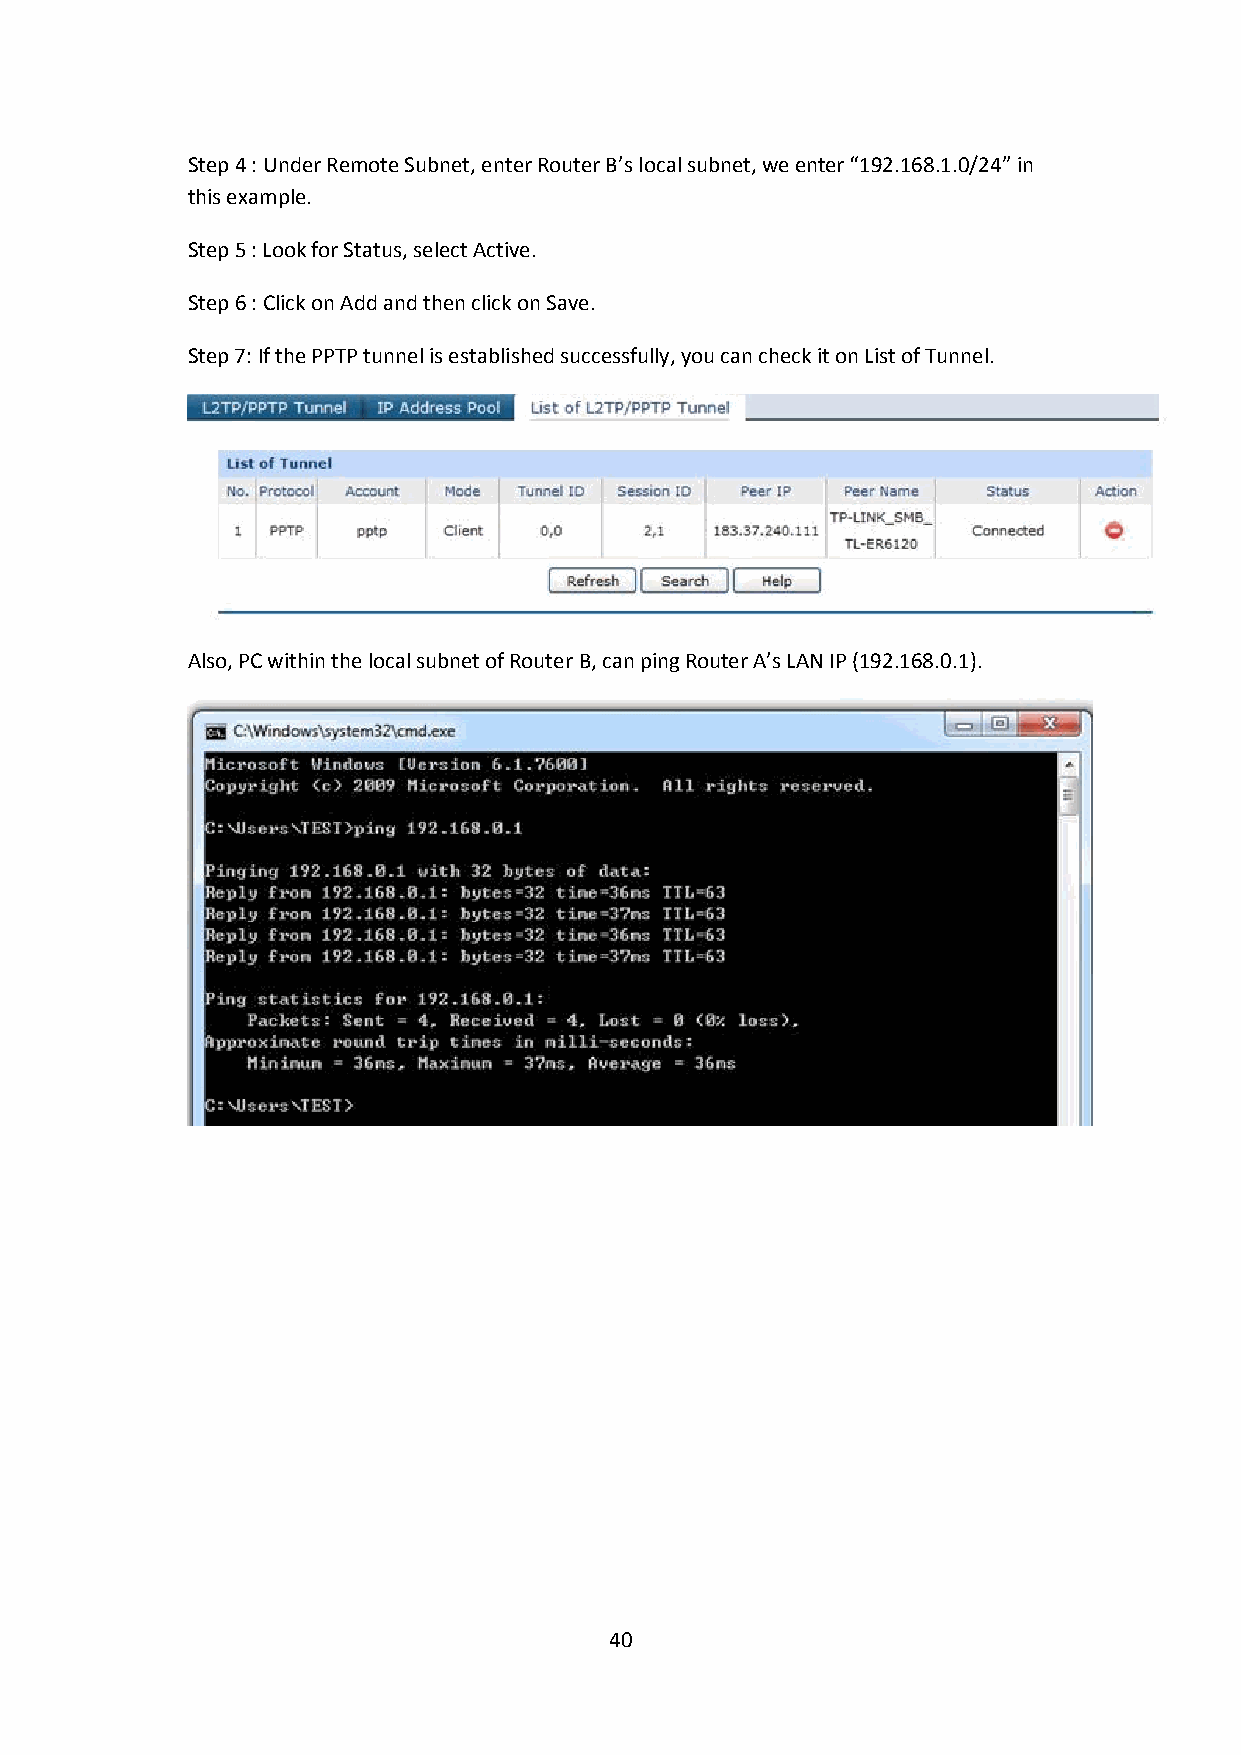
Step 4: Under Remote Subnet, enter Router B’s local subnet, we enter “192.168.1.0/24” in
 this example.
 Step 5: Look for Status, selectActive.
 Step 6: Click onAddand then click onSave.
 Step 7:If the PPTP tunnel is established successfully, you can check it onList of Tunnel.
 Also, PC within the local subnet of Router B, can ping Router A’s LAN IP (192.168.0.1).
 40